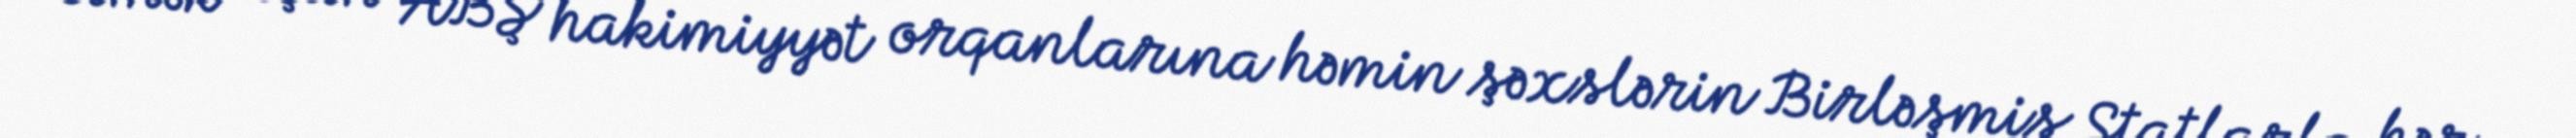
etmək üçün ABŞ hakimiyyət orqanlarına həmin şəxslərin Birləşmiş Ştatlarla hər